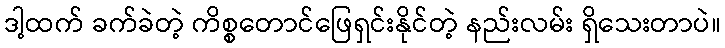
ဒါ့ထက် ခက်ခဲတဲ့ ကိစ္စတောင်ဖြေရှင်းနိုင်တဲ့ နည်းလမ်း ရှိသေးတာပဲ။